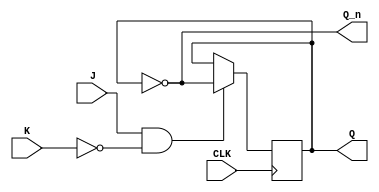
module jk_flipflop(
    input J, // J input
    input K, // K input
    input CLK, // Clock input
    output reg Q, // Q output
    output reg Q_n // Q` output
);

always @(posedge CLK) begin
    if (J & !K) begin
        Q <= ~Q;
    end else if (J & K) begin
        Q <= Q;
    end else if (!J & !K) begin
        Q <= Q;
    end
end

assign Q_n = ~Q;

endmodule